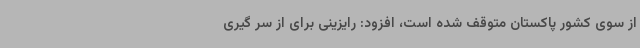
از سوی کشور پاکستان متوقف شده است، افزود: رایزینی برای از سر گیری